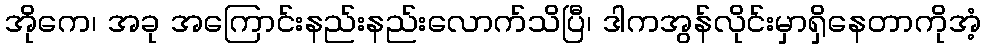
အိုကေ၊ အခု အကြောင်းနည်းနည်းလောက်သိပြီ၊ ဒါကအွန်လိုင်းမှာရှိနေတာကိုအံ့